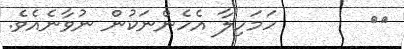
١٥       ހަމަހިލާ އެހެންނަކުން ނުވާނެއެވެ.